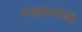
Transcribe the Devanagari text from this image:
मऱ्हाटमोळी